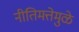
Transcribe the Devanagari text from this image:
नीतिमत्तेमुळे